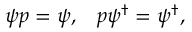
\psi p = \psi , \; \; \; p \psi ^ { \dagger } = \psi ^ { \dagger } ,